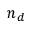
n _ { d }